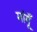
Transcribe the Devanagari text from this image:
मांगूँ